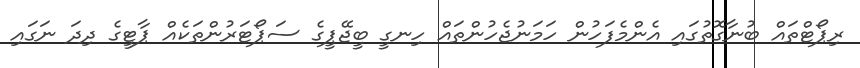
ރިޕޯޓްތައް ބުނާގޮތުގައި އެންމެފަހުން ހަމަނުޖެހުންތައް ހިނގީ ބީޖޭޕީގެ ސަޕޯޓަރުންތަކެއް ޕާޓީގެ ދިދަ ނަގައި